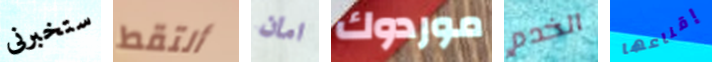
ستخبرنى ألتقط امان موردوك الخدم إقناعها